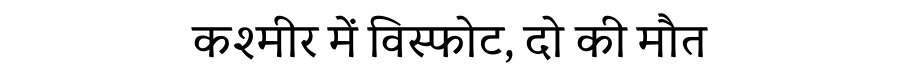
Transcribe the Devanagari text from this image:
कश्मीर में विस्फोट, दो की मौत